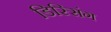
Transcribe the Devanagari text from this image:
डिस्सिंग